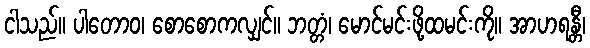
ငါသည်။ ပါတောဝ၊ စောစောကလျှင်။ ဘတ္တံ၊ မောင်မင်းဖို့ထမင်းကို။ အာဟရန္တီ၊